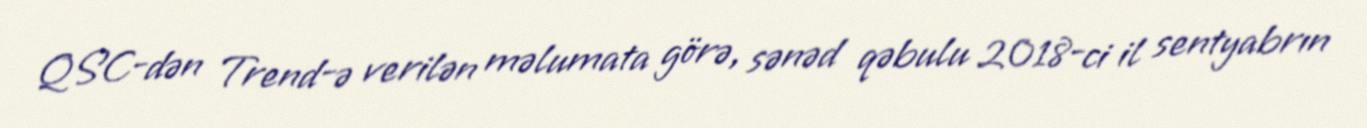
QSC-dən Trend-ə verilən məlumata görə, sənəd qəbulu 2018-ci il sentyabrın